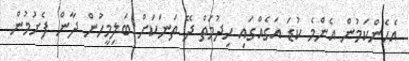
އެހެންކަމުން އެންމެ ކުޑަ އަގެއްގައި ހިދުމަތް ދޭ ތަނަކަށް ބަލިމީހުން ދާން ފެށުމުން